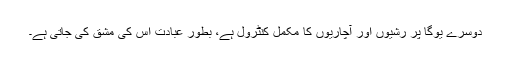
دوسرے یوگا پر رشیوں اور آچاریوں کا مکمل کنٹرول ہے، بطور عبادت اس کی مشق کی جاتی ہے۔